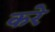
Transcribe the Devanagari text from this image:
करेे